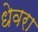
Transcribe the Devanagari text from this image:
धेवरा